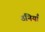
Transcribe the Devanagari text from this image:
उनियाँ